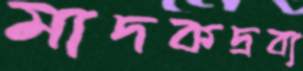
মাদকদ্রব্য